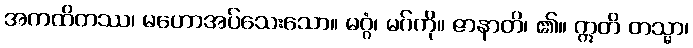
အကထိတဿ၊ မဟောအပ်သေးသော။ မဂ္ဂံ၊ မဂ်ကို။ ဇာနာတိ၊ ၏။ ဣတိ တသ္မာ၊